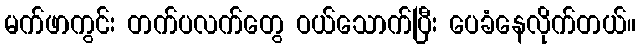
မက်ဖာကွင်း တက်ပလက်တွေ ဝယ်သောက်ပြီး ပေခံနေလိုက်တယ်။